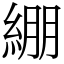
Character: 綳